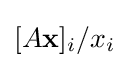
[A\mathbf {x} ]_{i}/x_{i}